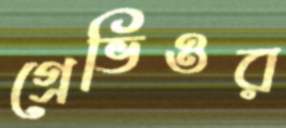
গ্রেভিওর